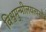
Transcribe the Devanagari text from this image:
विश्वमुन्मीलयत्यसौ।